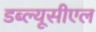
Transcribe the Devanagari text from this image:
डब्ल्यूसीएल